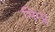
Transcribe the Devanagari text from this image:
सिम्प्ले